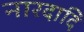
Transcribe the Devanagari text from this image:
नारदादि